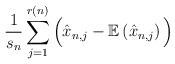
LaTeX: \begin{align*}\frac{1}{s_{n}}\sum_{j=1}^{r(n)}\Big(\hat{x}_{n,j}-\mathbb{E}\left(\hat{x}_{n,j}\right)\Big)\end{align*}